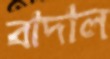
বাদাল